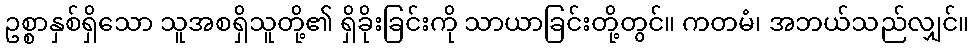
ဥစ္စာနှစ်ရှိသော သူအစရှိသူတို့၏ ရှိခိုးခြင်းကို သာယာခြင်းတို့တွင်။ ကတမံ၊ အဘယ်သည်လျှင်။